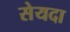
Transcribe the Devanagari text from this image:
सेयदा